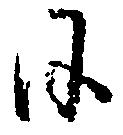
日